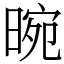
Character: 晼